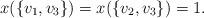
LaTeX: \begin{align*}x(\{v_1,v_3\}) = x(\{v_2,v_3\}) = 1.\end{align*}